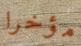
مؤخرا